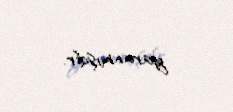
yaranmışdır.